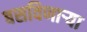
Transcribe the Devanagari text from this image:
बसविणार्‍या